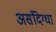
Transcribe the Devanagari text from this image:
असंदिग्धा